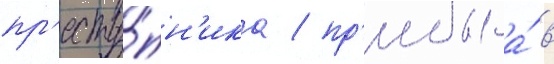
пр'есту́пн'ика / пр'ибыла́ в